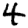
Digit: 4